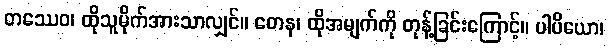
တဿေဝ၊ ထိုသူမိုက်အားသာလျှင်။ တေန၊ ထိုအမျက်ကို တုန့်ခြင်းကြောင့်။ ပါပိယော၊